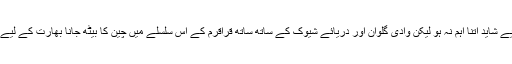
اکسائی چن تو بھارت کے لیے شاید اتنا اہم نہ ہو لیکن وادی گلوان اور دریائے شیوک کے ساتھ ساتھ قراقرم کے اس سلسلے میں چین کا بیٹھ جانا بھارت کے لیے کسی صدمے سے کم نہیں۔